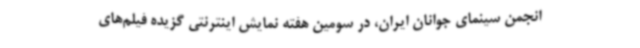
انجمن سینمای جوانان ایران، در سومین هفته نمایش اینترنتی گزیده فیلم‌های